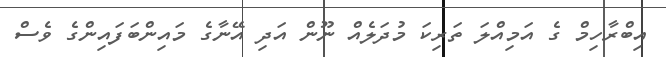
އިބްރާހިމް ގެ އަމިއްލަ ތަރިކަ މުދަލެއް ނޫން އަދި އޭނާގެ މައިންބަފައިންގެ ވެސް